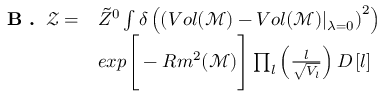
\begin{array} { r l } { \textbf { B . } \, \mathcal { Z } = } & { \tilde { Z } ^ { 0 } \int \delta \left( \left( V o l ( \mathcal { M } ) - V o l ( \mathcal { M } ) \vert _ { \lambda = 0 } \right) ^ { 2 } \right) } \\ & { e x p \Bigg [ - R m ^ { 2 } ( \mathcal { M } ) \Bigg ] \prod _ { l } \left( \frac { l } { \sqrt { V _ { l } } } \right) D \left[ l \right] } \end{array}